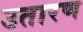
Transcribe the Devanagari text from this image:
उतारण